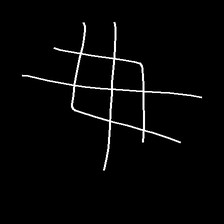
Glyph: crystal